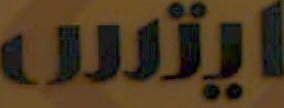
ايتس